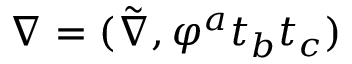
\nabla = ( \tilde { \nabla } , \varphi ^ { a } t _ { b } t _ { c } )